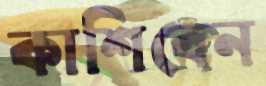
কাশিবেন